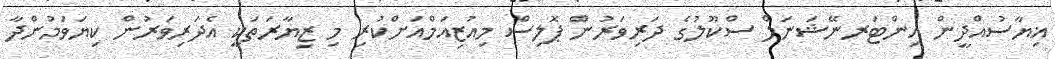
ޣިޔާސުއްދީން އިންޓަރނޭޝަނަލް ސްކޫލުގެ ދަރިވަރުން ޕޮލިސް މިއުޒިއަމްއަށްކުރި މި ޒިޔާރަތަކީ އެދަރިވަރުން ކިޔަވަމުންދާ